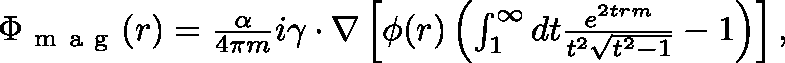
\begin{array} { r } { \Phi _ { \mathrm { ~ m ~ a ~ g ~ } } ( r ) = \frac { \alpha } { 4 \pi m } i \mathbf { \gamma } \cdot \nabla \left[ \phi ( r ) \left( \int _ { 1 } ^ { \infty } d t \frac { e ^ { 2 t r m } } { t ^ { 2 } \sqrt { t ^ { 2 } - 1 } } - 1 \right) \right] , } \end{array}